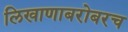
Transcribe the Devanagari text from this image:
लिखाणाबरोबरच